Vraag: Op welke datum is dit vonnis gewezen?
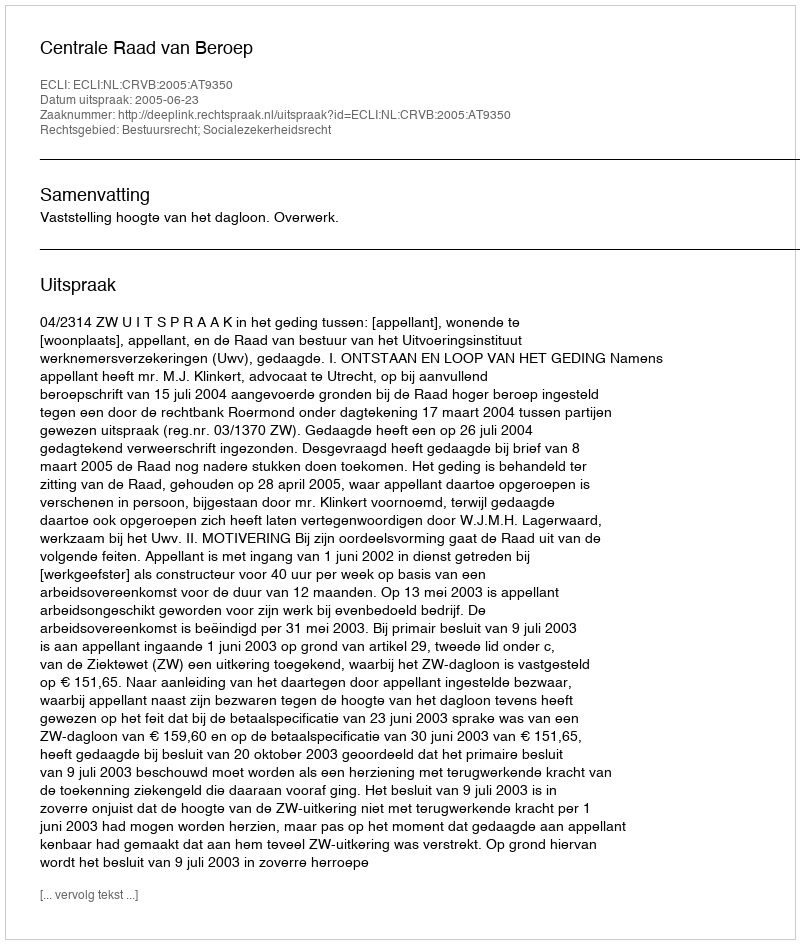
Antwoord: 2005-06-23